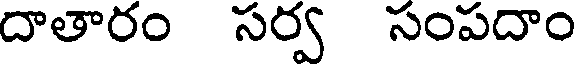
దాతారం సర్వ సంపదాం